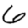
Digit: 6